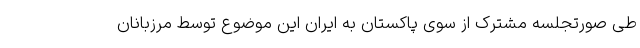
طی صورتجلسه مشترک از سوی پاکستان به ایران این موضوع توسط مرزبانان